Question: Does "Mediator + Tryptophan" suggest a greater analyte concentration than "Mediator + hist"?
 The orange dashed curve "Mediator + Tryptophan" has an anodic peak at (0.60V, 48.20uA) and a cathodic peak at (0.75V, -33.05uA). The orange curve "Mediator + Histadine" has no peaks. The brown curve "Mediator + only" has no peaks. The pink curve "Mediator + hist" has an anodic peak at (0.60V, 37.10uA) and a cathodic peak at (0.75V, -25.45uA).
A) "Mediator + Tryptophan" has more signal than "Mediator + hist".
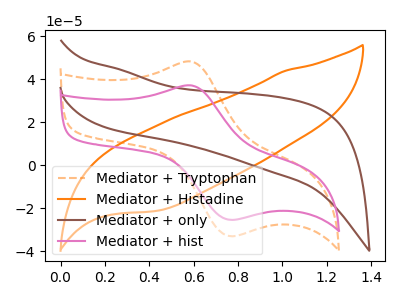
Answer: <think>All the peaks in "Mediator + Tryptophan" have a peak in "Mediator + hist" at the same potential. Every peak in "Mediator + Tryptophan" is higher than every peak in "Mediator + hist".
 </think>
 <answer>A) "Mediator + Tryptophan" has more signal than "Mediator + hist".</answer>
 <eval>A</eval>